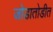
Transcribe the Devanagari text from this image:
जोडातोडीत